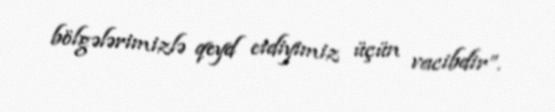
bölgələrimizlə qeyd etdiyimiz üçün vacibdir”.